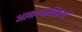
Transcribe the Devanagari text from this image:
आणण्याविषयी